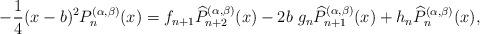
LaTeX: \begin{align*}-\frac{1}{4}(x-b)^{2}P_{n}^{(\alpha , \beta )}(x)=f_{n+1}\widehat{P} _{n+2}^{(\alpha , \beta )}(x)-2b \ g_{n}\widehat{P} _{n+1}^{(\alpha , \beta )}(x)+h_{n}\widehat{P} _{n}^{(\alpha , \beta )}(x),\end{align*}